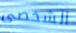
الشخصى